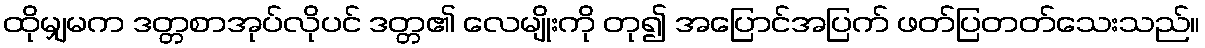
ထိုမျှမက ဒတ္တစာအုပ်လိုပင် ဒတ္တ၏ လေမျိုးကို တု၍ အပြောင်အပြက် ဖတ်ပြတတ်သေးသည်။